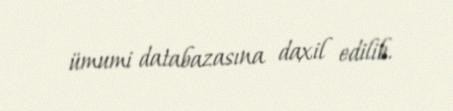
ümumi databazasına daxil edilib.